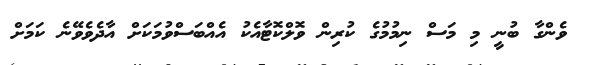
ވެންގާ ބުނީ މި މަސް ނިމުމުގެ ކުރިން ވޮލްކޮޓާއެކު އެއްބަސްވުމަކަށް އާދެވެވޭނެ ކަމަށް